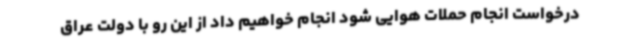
درخواست انجام حملات هوایی شود انجام خواهیم داد از این رو با دولت عراق